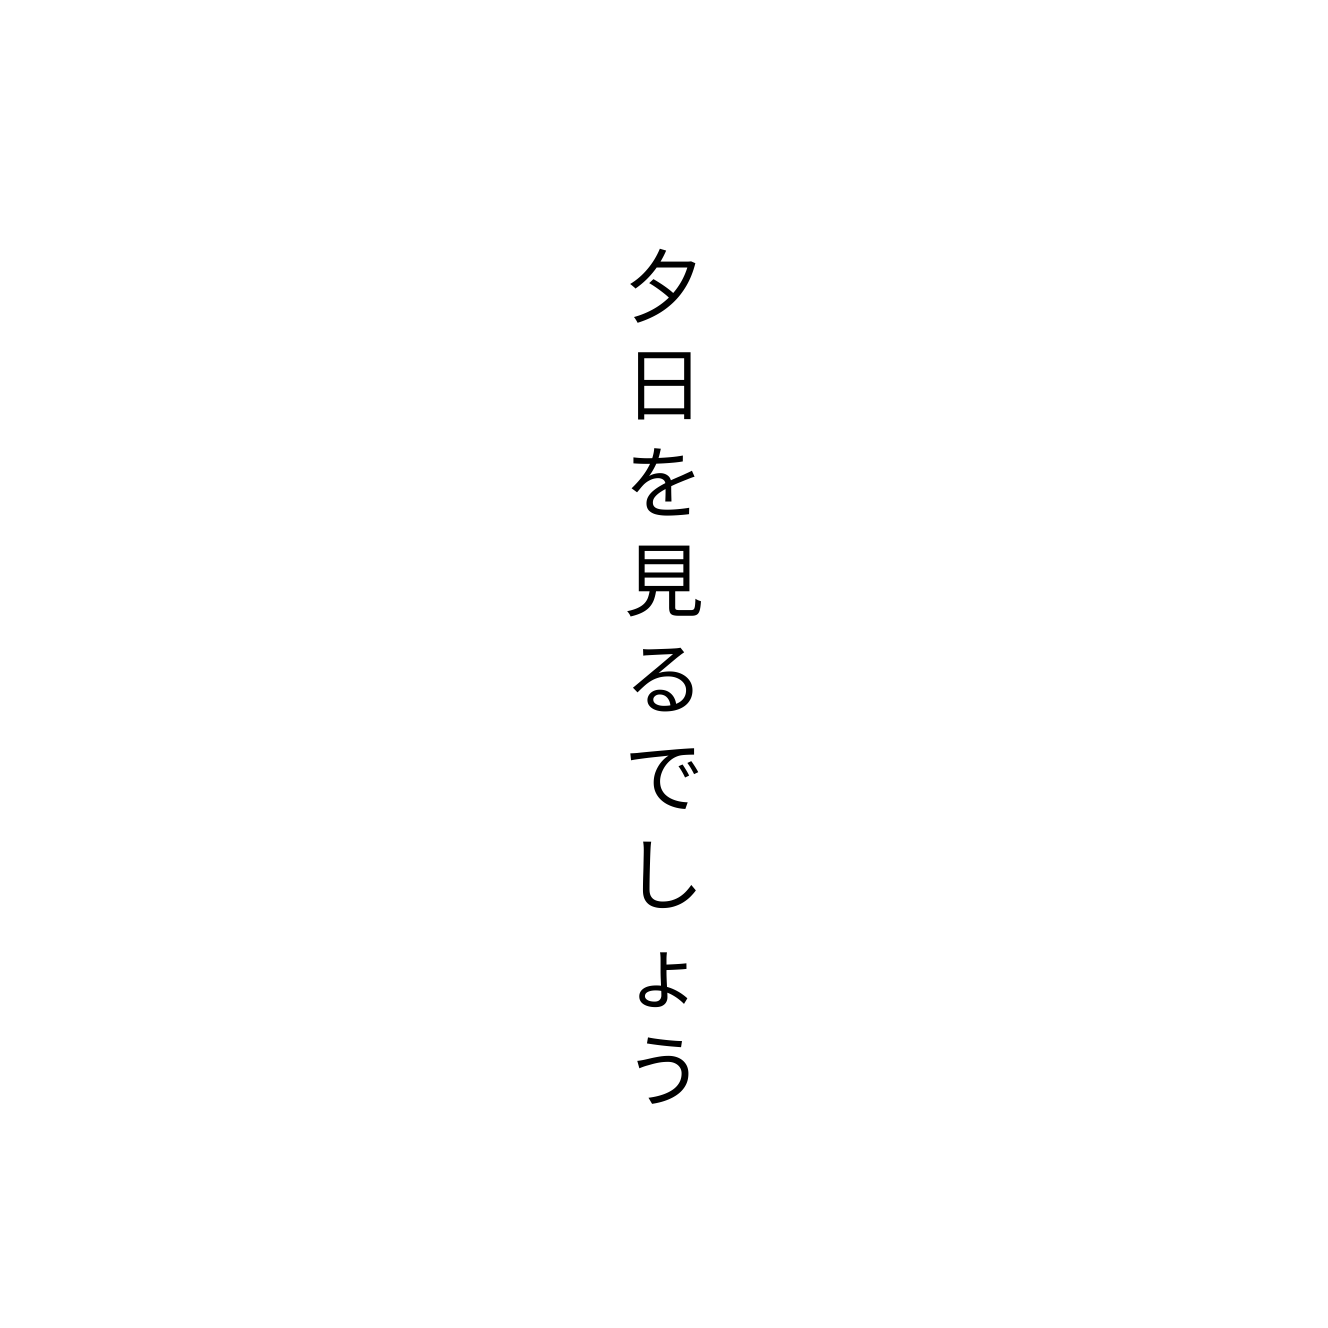
夕日を見るでしょう